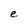
Character: e